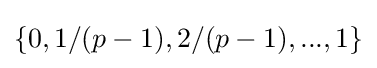
\{0,1/(p-1),2/(p-1),...,1\}